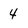
Character: 4